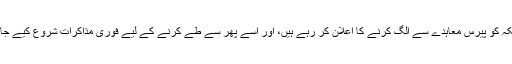
وائٹ ہاؤس کے ’روز گارڈن‘ سے خطاب کرتے ہوئے، ٹرمپ نے کہا کہ وہ امریکہ کو پیرس معاہدے سے الگ کرنے کا اعلان کر رہے ہیں، اور اِسے پھر سے طے کرنے کے لیے فوری مذاکرات شروع کیے جائیں گے، ’’تاکہ ایسا سمجھوتا طے ہو جو امریکی ٹیکس دہندگان کے لیے بہتر ہو‘‘۔